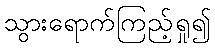
သွားရောက်ကြည့်ရှု၍